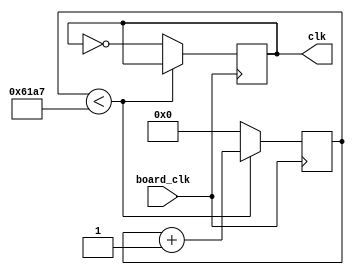
module Clock_divider(board_clk,clk);
	input board_clk;
	output reg clk = 0;
 
	parameter sys_clk = 50000000;				     	    //Board Clock frequency (Hz)
	parameter out_clk = 1000;   						    //Desired Clock frequency (Hz)
	parameter maxcount = sys_clk/ (2*out_clk); 		 //Counter size
	parameter n = 15; 								       //Bit size reg for counter
	
	reg [n:0] counter_reg = 0;
	
	always @(posedge board_clk)
	begin
		if (counter_reg < maxcount-1)
			begin
			counter_reg <= counter_reg + 1;
			end
		else
			begin
			counter_reg <= 0;
			clk <= ~clk;
			end
	end
endmodule